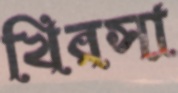
খিরসা